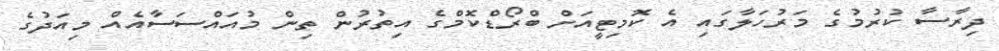
ދިރާސާ ކުރުމުގެ މަރުހަލާގައި އެ ކޮމިޓީއަށް ބްރޯޑްކޮމްގެ އިތުރުން ތިން މުއައްސަސާއެއް މިއަދުގެ